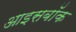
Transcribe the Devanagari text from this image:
आइसबॉक